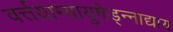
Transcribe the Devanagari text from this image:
वर्त्तयाम्यायुषेड्न्नाद्याय